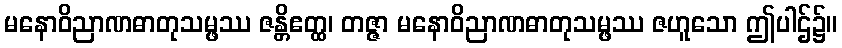
မနောဝိညာဏဓာတုသမ္ဖဿ ဇန္တိဧတ္ထ၊ တဇ္ဇာ မနောဝိညာဏဓာတုသမ္ဖဿ ဇဟူသော ဤပါဌ်၌။